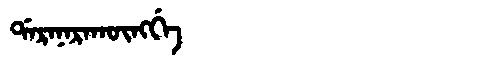
Manchu: ᡩᠠᡵᠠᠨᠠᡵᠠᡴᡡᠩᡤᡝ
Romanization: DARANARAKŪNGGE